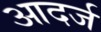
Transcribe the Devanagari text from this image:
आदर्ज